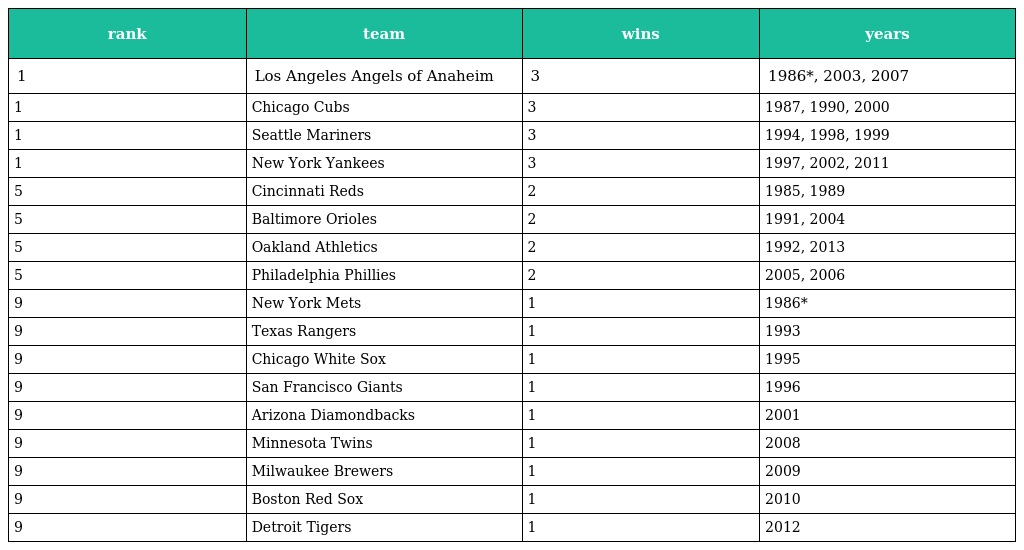
| rank | team | wins | years |
 | --- | --- | --- | --- |
 | 1 | Los Angeles Angels of Anaheim | 3 | 1986*, 2003, 2007 |
 | 1 | Chicago Cubs | 3 | 1987, 1990, 2000 |
 | 1 | Seattle Mariners | 3 | 1994, 1998, 1999 |
 | 1 | New York Yankees | 3 | 1997, 2002, 2011 |
 | 5 | Cincinnati Reds | 2 | 1985, 1989 |
 | 5 | Baltimore Orioles | 2 | 1991, 2004 |
 | 5 | Oakland Athletics | 2 | 1992, 2013 |
 | 5 | Philadelphia Phillies | 2 | 2005, 2006 |
 | 9 | New York Mets | 1 | 1986* |
 | 9 | Texas Rangers | 1 | 1993 |
 | 9 | Chicago White Sox | 1 | 1995 |
 | 9 | San Francisco Giants | 1 | 1996 |
 | 9 | Arizona Diamondbacks | 1 | 2001 |
 | 9 | Minnesota Twins | 1 | 2008 |
 | 9 | Milwaukee Brewers | 1 | 2009 |
 | 9 | Boston Red Sox | 1 | 2010 |
 | 9 | Detroit Tigers | 1 | 2012 |